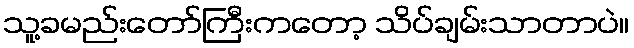
သူ့ခမည်းတော်ကြီးကတော့ သိပ်ချမ်းသာတာပဲ။